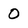
Character: 0